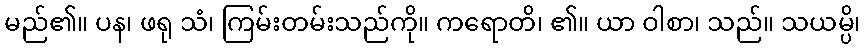
မည်၏။ ပန၊ ဖရု သံ၊ ကြမ်းတမ်းသည်ကို။ ကရောတိ၊ ၏။ ယာ ဝါစာ၊ သည်။ သယမ္ပိ၊